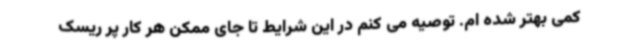
کمی بهتر شده ام. توصیه می کنم در این شرایط تا جای ممکن هر کار پر ریسک